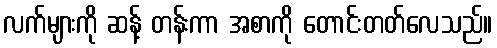
လက်များကို ဆန့် တန်းကာ အစာကို တောင်းတတ်လေသည်။